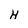
Character: H